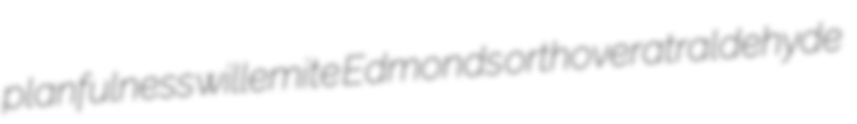
planfulness willemite Edmonds orthoveratraldehyde